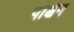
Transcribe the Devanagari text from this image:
पश्चिन